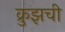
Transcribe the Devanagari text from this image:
क्रुझची